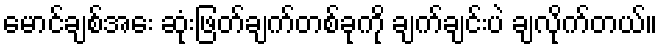
မောင်ချစ်အေး ဆုံးဖြတ်ချက်တစ်ခုကို ချက်ချင်းပဲ ချလိုက်တယ်။